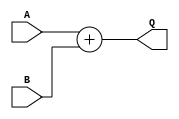

module addN
  #(parameter WID = 4)
   (input wire [WID-1:0] A,
    input wire [WID-1:0] B,
    output reg [WID:0]  Q
    /* */);

   always @* Q = A + B;

endmodule // add